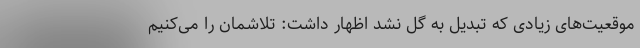
موقعیت‌های زیادی که تبدیل به گل نشد اظهار داشت: تلاشمان را می‌کنیم